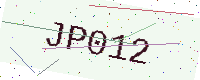
Text: JP012